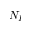
N _ { I }